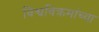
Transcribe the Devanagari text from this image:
विश्वविक्रमांच्या